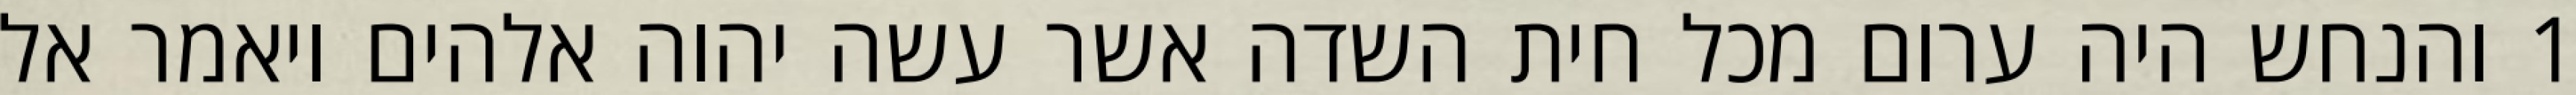
1 והנחש היה ערום מכל חית השדה אשר עשה יהוה אלהים ויאמר אל